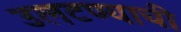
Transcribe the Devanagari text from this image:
उलटण्याची